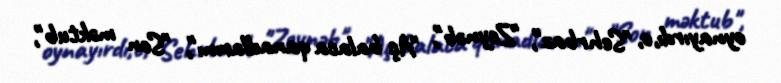
oynayırdı,o, "Sehrbaz", "Zeynəb", "Aç balaca qanadlarını", "Son məktub",